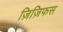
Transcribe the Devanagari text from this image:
ज़िज़िफस